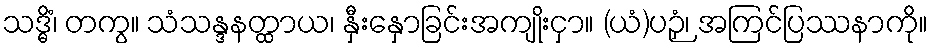
သဒ္ဓိံ၊ တကွ။ သံသန္ဒနတ္ထာယ၊ နှီးနှောခြင်းအကျိုးငှာ။ (ယံ)ပဉှံ၊ အကြင်ပြဿနာကို။